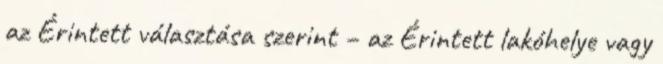
az Érintett választása szerint – az Érintett lakóhelye vagy